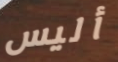
أليس